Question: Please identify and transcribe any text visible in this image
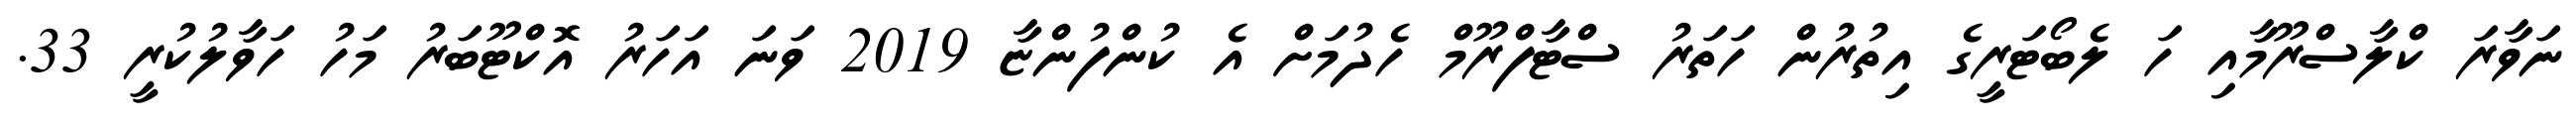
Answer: ނަވާރަ ކްލާސްރޫމާއި ހަ ލެބޯޓަރީގެ އިތުރުން ހަތަރު ސްޓާފްރޫމް ހެދުމަށް އެ ކުންފުންޏާ 2019 ވަނަ އަހަރު އޮކްޓޫބަރު މަހު ހަވާލުކުރީ 33.